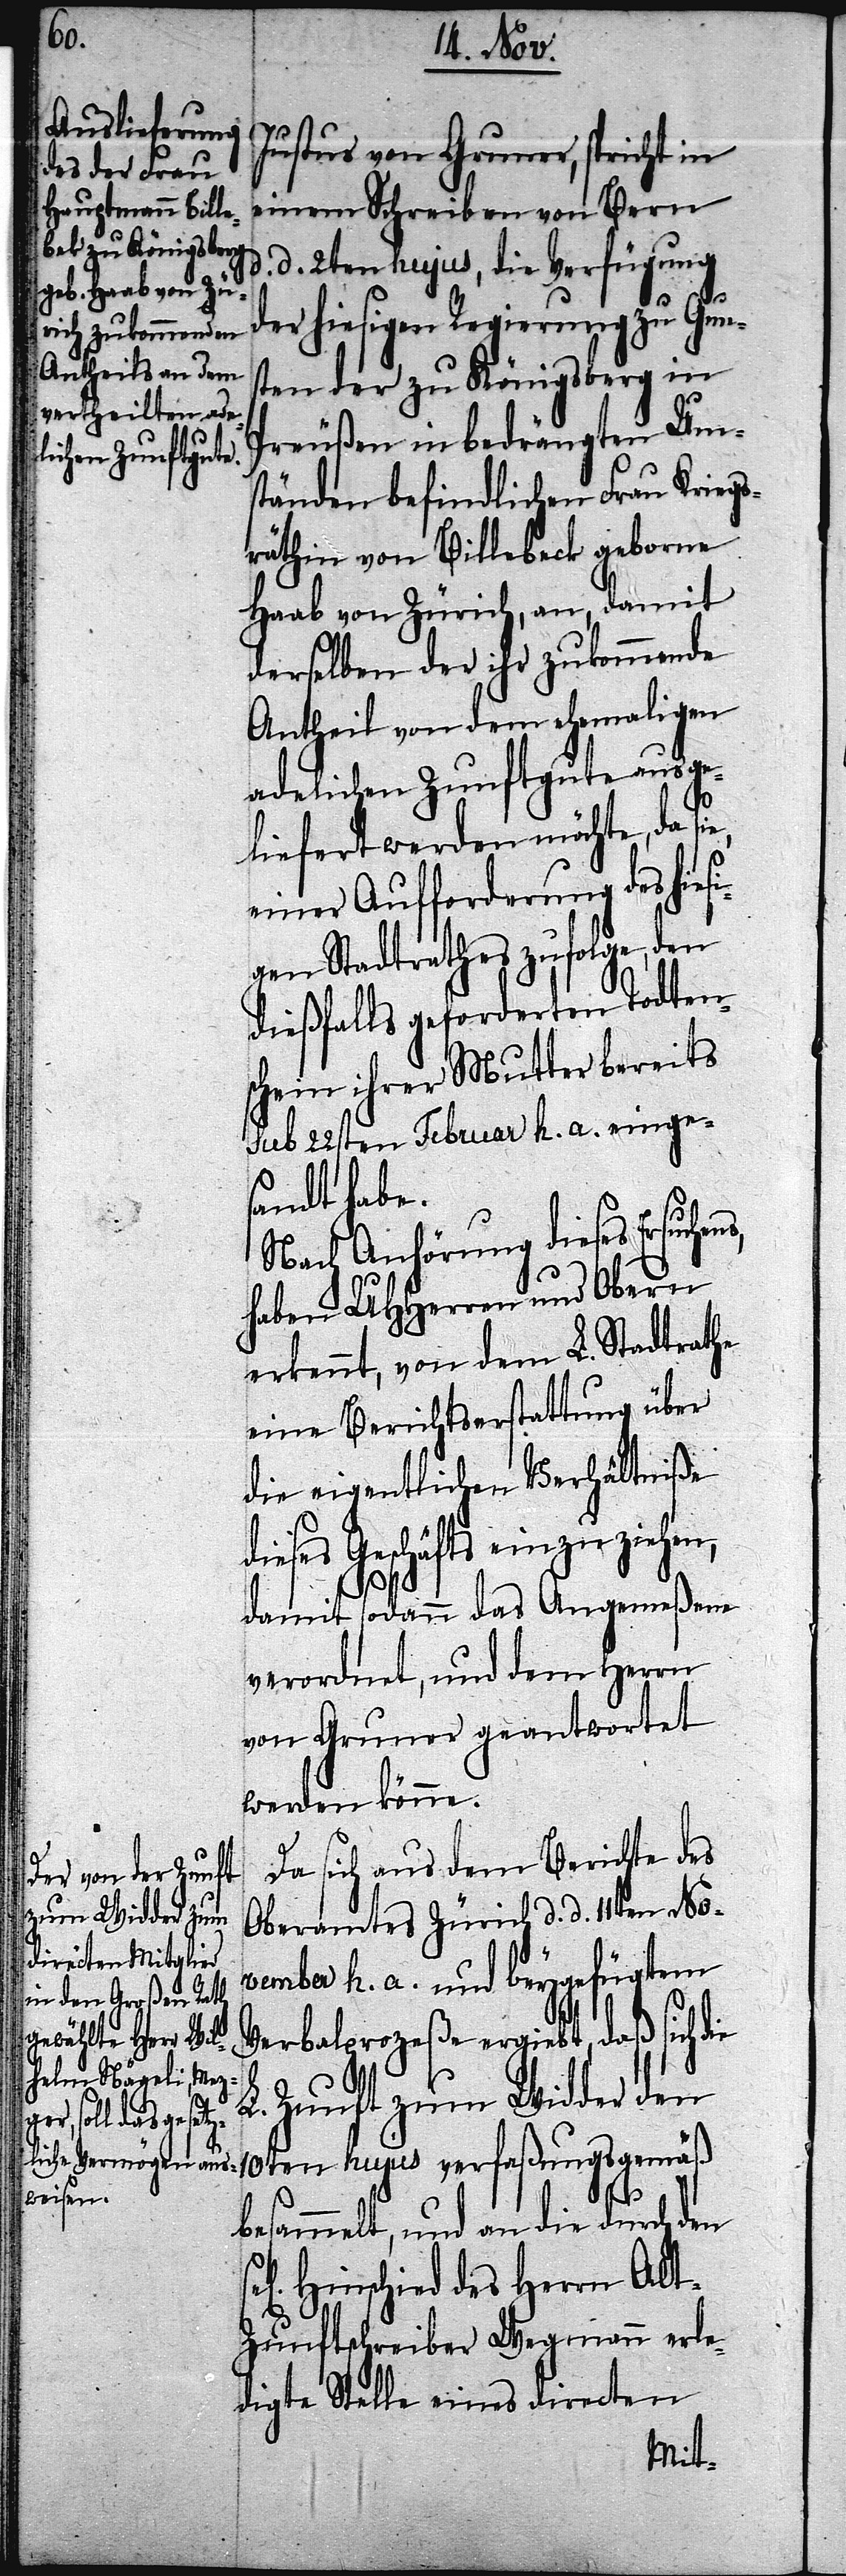
Justus von Gruner, spricht in
einem Schreiben von Bern
d. 2ten hujus, die Verfügung
der hiesigen Regierung zu Guns¬
ten der zu Königsberg in
Preußen in bedrängten Um¬
ständen befindlichen Frau Kriegs¬
räthin von Billebeck [sic!]
Haab von Zürich, an, damit
derselben der ihr zukommende
Antheil von dem ehemaligen
adelichen Zunftgute ausge¬
liefert werden möchte, da s¬
einer Aufforderung des hies¬
igen Stadtrathes zufolge, den
dießfalls geforderten Todten¬
schein ihrer Mutter bereits
sub 22sten Februar h. a. einges¬
andt habe.
ie
Nach Anhörung dieses Ersuchen¬
haben UHHerren und Obern
erkennt, von dem L. Stadtrathe
eine Berichterstattung über
die eigentlichen Verhältniße
dieses Geschäfts einzuziehen,
damit sodann das Angemeßene
verordnet, und dem Herrn
von Gruner geantwortet
werden könne.
Da sich aus dem Berichte des
Oberamtes Zürich d. d. 11ten No¬
vember h. a. und beygefügtem
Verbalprozeße ergiebt, daß sich d¬
L. Zunft zum Widder den
10ten hujus verfaßungsgemäß
besammelt, und an die durch den
Hinschied des Herrn Alt-Z¬
unftschreiber Wegmann erle¬
digte Stelle eines directen